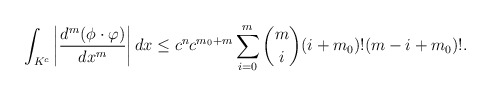
\begin{align*}\int_{K^c}\left|\frac{d^m (\phi \cdot \varphi)}{dx^m}\right|dx \le c^{n}c^{m_0+m}\sum_{i=0}^m \binom{m}{i} (i+m_0)! (m-i+m_0)!.\end{align*}